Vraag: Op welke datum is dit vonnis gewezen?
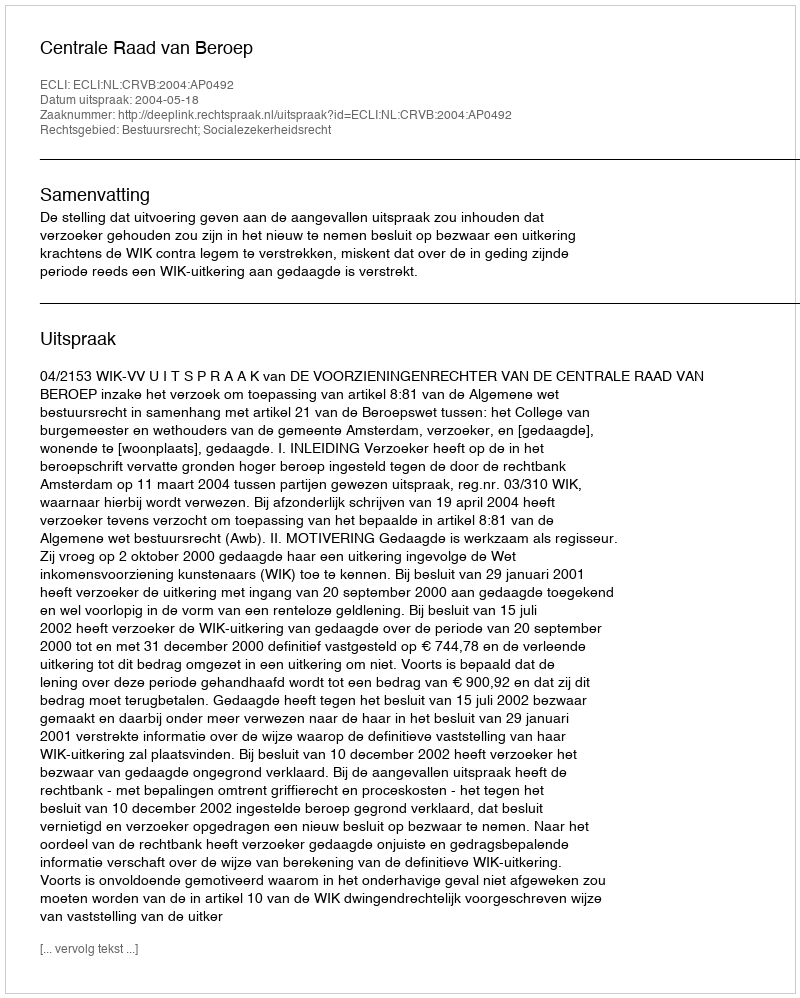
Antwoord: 2004-05-18